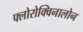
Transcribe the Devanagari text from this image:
फ्लोरोक्विनालोन